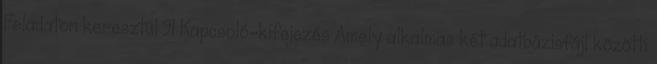
Feladaton keresztül 91 Kapcsoló-kifejezés Amely alkalmas két adatbázisfájl közötti